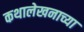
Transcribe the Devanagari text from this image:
कथालेखनाच्या